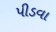
પીડવા